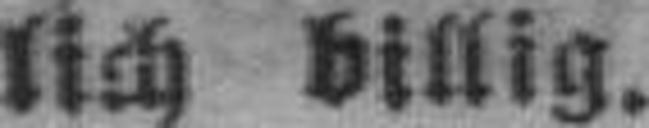
lich billig.